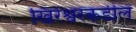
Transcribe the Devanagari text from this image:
खिरेश्वरकडील